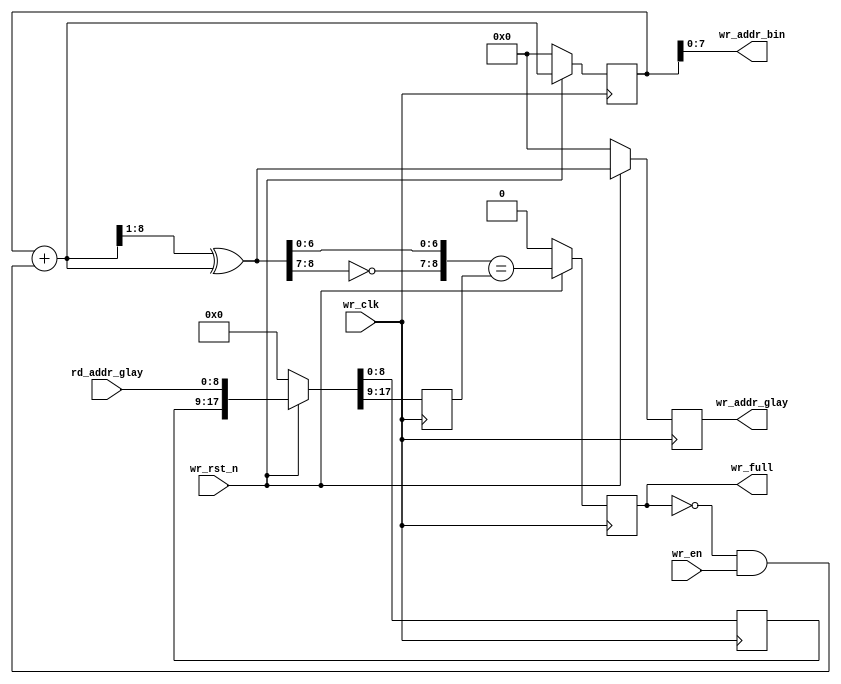
`timescale 1ns / 1ps
//////////////////////////////////////////////////////////////////////////////////
// Company: 
// Engineer: 
// 
// Design Name: 
// Module Name: wr_ctl
// Project Name: 
// Target Devices: 
// Tool Versions: 
// Description: 
// 
// Dependencies: 
// 
// Revision:
// Revision 0.01 - File Created
// Additional Comments:
// 8bit 256 ,
//////////////////////////////////////////////////////////////////////////////////


module wr_ctl#(
	parameter           FIFO_DEPTH = 8
)(
	input 									wr_en,
	input 									wr_clk,
	input 									wr_rst_n,
	input	[FIFO_DEPTH   :0]       		rd_addr_glay,
	output	[FIFO_DEPTH-1 :0]       		wr_addr_bin,
	output	[FIFO_DEPTH   :0]       		wr_addr_glay,
	output	reg					    		wr_full
    );
	
   //output ram   addr	
	reg [FIFO_DEPTH :0]  wr_addr_bin_r;
	wire [FIFO_DEPTH :0]  wr_addr_bin_wire;
	assign wr_addr_bin_wire = wr_addr_bin_r +(!wr_full && wr_en);
	
	always @(posedge wr_clk) begin
		if(!wr_rst_n)
			wr_addr_bin_r <= 0;
		else
			wr_addr_bin_r <= wr_addr_bin_wire;
	end
	
	assign wr_addr_bin =  wr_addr_bin_r;
	
	//output glay addr
	wire [FIFO_DEPTH :0]  wr_addr_glay_wire;
	assign wr_addr_glay_wire = (wr_addr_bin_wire>>1)^wr_addr_bin_wire;
	reg [FIFO_DEPTH :0]  wr_addr_glay_r;
	
	always @(posedge wr_clk) begin
		if(!wr_rst_n)
			wr_addr_glay_r <= 0;
		else 
			wr_addr_glay_r <= wr_addr_glay_wire;
	end
	assign wr_addr_glay = wr_addr_glay_r;
	//output wr_full
	reg [FIFO_DEPTH :0]  rd_addr_glay_r1;
	reg [FIFO_DEPTH :0]  rd_addr_glay_r2;
	
	always @(posedge wr_clk) begin
		if(!wr_rst_n)
			{rd_addr_glay_r2,rd_addr_glay_r1} <= 0;
		else 
			{rd_addr_glay_r2,rd_addr_glay_r1} <= {rd_addr_glay_r1,rd_addr_glay};
	end
	wire wr_full_w;
	wire [FIFO_DEPTH :0] wr_addr_glay_wire1;
	assign wr_addr_glay_wire1={~wr_addr_glay_wire[FIFO_DEPTH:FIFO_DEPTH-1],wr_addr_glay_wire[FIFO_DEPTH-2:0]};//
	assign wr_full_w = wr_addr_glay_wire1==rd_addr_glay_r2;
	always @(posedge wr_clk) begin
		if(!wr_rst_n)
			wr_full <= 0;
		else	
			wr_full <=  wr_full_w;
	end
endmodule